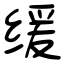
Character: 缓